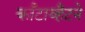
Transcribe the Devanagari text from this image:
काँटाव्हैटने